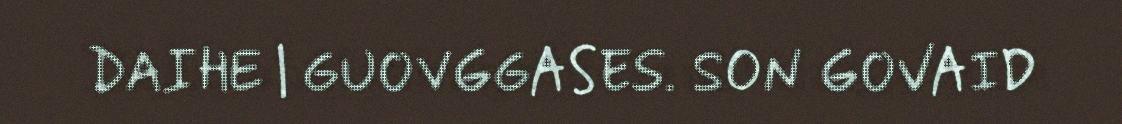
DAIHE | GUOVGGASES. SON GOVAID